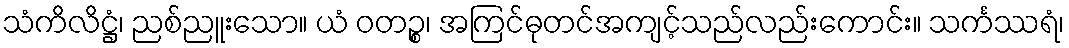
သံကိလိဋ္ဌံ၊ ညစ်ညူးသော။ ယံ ဝတဉ္စ၊ အကြင်ဓုတင်အကျင့်သည်လည်းကောင်း။ သင်္ကဿရံ၊